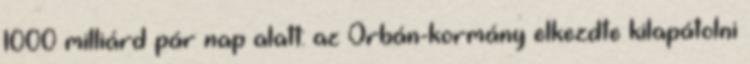
1000 milliárd pár nap alatt: az Orbán-kormány elkezdte kilapátolni